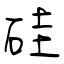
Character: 硅